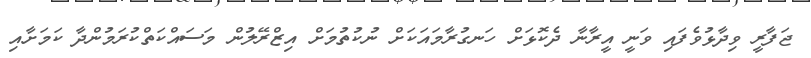
ޖަފާރީ ވިދާޅުވެފައި ވަނީ އީރާނާ ދެކޮޅަށް ހަނގުރާމައަކަށް ނުކުތުމަށް އިޒްރޭލުން މަސައްކަތްކުރަމުންދާ ކަމަށާއި